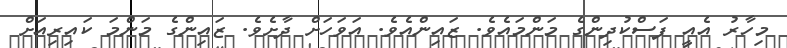
މިހާރު އެއީ ފަސްކުދިންގެ މަންމައެވެ. ޒައިންއެވެ. އަވަހަށް ދާށެވެ. ޒައިންގެ މަންމަ ކައިރިއަށް